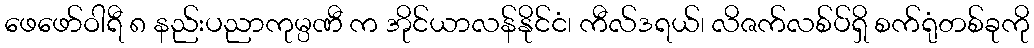
ဖေဖော်ဝါရီ ၈ နည်းပညာကုမ္ပဏီ က အိုင်ယာလန်နိုင်ငံ၊ ကီလ်ဒရယ်၊ လိဇက်လစ်ပ်ရှိ စက်ရုံတစ်ခုကို